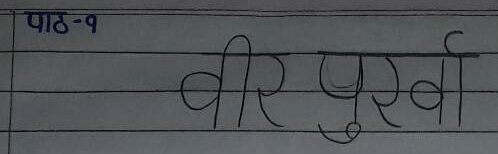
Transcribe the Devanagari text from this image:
पाठ-१
वीर पुर्खा